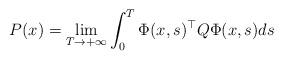
LaTeX: \begin{align*}P(x) = \lim_{T\rightarrow +\infty } \int_0^T \Phi(x,s)^\top Q \Phi(x,s) ds\end{align*}